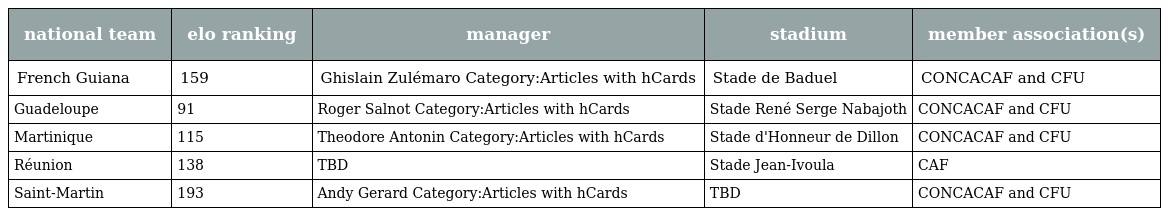
| national team | elo ranking | manager | stadium | member association(s) |
 | --- | --- | --- | --- | --- |
 | French Guiana | 159 | Ghislain Zulémaro Category:Articles with hCards | Stade de Baduel | CONCACAF and CFU |
 | Guadeloupe | 91 | Roger Salnot Category:Articles with hCards | Stade René Serge Nabajoth | CONCACAF and CFU |
 | Martinique | 115 | Theodore Antonin Category:Articles with hCards | Stade d'Honneur de Dillon | CONCACAF and CFU |
 | Réunion | 138 | TBD | Stade Jean-Ivoula | CAF |
 | Saint-Martin | 193 | Andy Gerard Category:Articles with hCards | TBD | CONCACAF and CFU |